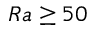
R a \geq 5 0